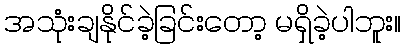
အသုံးချနိုင်ခဲ့ခြင်းတော့ မရှိခဲ့ပါဘူး။